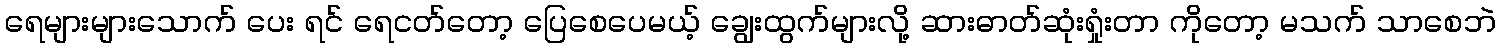
ရေများများသောက် ပေး ရင် ရေငတ်တော့ ပြေစေပေမယ့် ချွေးထွက်များလို့ ဆားဓာတ်ဆုံးရှုံးတာ ကိုတော့ မသက် သာစေဘဲ